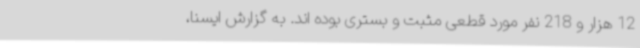
12 هزار و 218 نفر مورد قطعی مثبت و بستری بوده اند. به گزارش ایسنا،